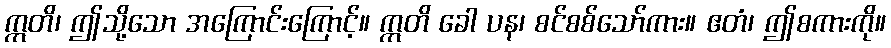
ဣတိ၊ ဤသို့သော အကြောင်းကြောင့်။ ဣတိ ခေါ ပန၊ စင်စစ်သော်ကား။ ဧတံ၊ ဤစကားကို။